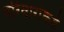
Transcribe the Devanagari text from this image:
परिवारांकडे